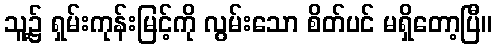
သူ့၌ ရှမ်းကုန်းမြင့်ကို လွမ်းသော စိတ်ပင် မရှိတော့ပြီ။